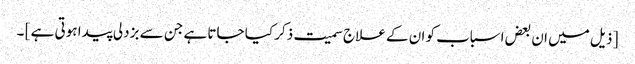
[ ذیل میں ان بعض اسباب کو ان کے علاج سمیت ذکر کیا جاتا ہے جن سے بزدلی پیدا ہوتی ہے ] ۔